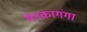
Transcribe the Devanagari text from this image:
मेनकागंगा